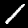
Label: 1